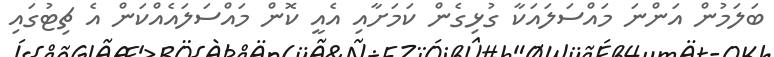
ބަލަމުން އަންނަ މައްސަލައަކާ ގުޅިގެން ކަމަށާއި އެއީ ކޮން މައްސަލައެއްކަން އެ ޗިޓުގައި